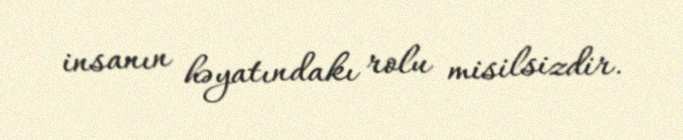
insanın həyatındakı rolu misilsizdir.